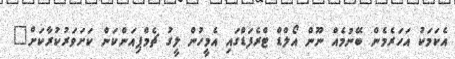
އެކަމަކު އަހަރެމެން ބޭނުމެއް ނޫން އޯލްޑް ޓްރެފަޑްގައި އެމީހުން ލީގު ޗެމްޕިއަންކަން ކަށަވަރުކުރާކަށް"